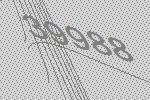
39988